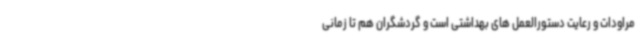
مراودات و رعایت دستورالعمل های بهداشتی است و گردشگران هم تا زمانی